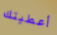
أعطيتك